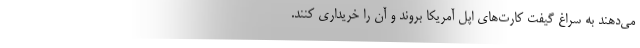
می‌دهند به سراغ گیفت کارت‌های اپل آمریکا بروند و آن را خریداری کنند.